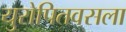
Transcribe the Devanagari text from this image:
युरोपितवसला